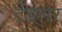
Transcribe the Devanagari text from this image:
टेंडलर